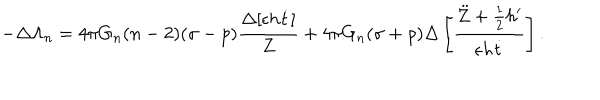
- \Delta \Lambda _ { n } = 4 \pi G _ { n } ( n - 2 ) ( \sigma - p ) \frac { \Delta [ \epsilon h \dot { t } ] } { Z } + 4 \pi G _ { n } ( \sigma + \rho ) \Delta \left[ \frac { \ddot { Z } + \frac { 1 } { 2 } h ^ { \prime } } { \epsilon h \dot { t } } \right] .